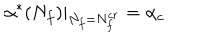
LaTeX: \alpha ^ { * } ( N _ { f } ) \left. \right| _ { N _ { f } = N _ { f } ^ { c r } } = \alpha _ { c }